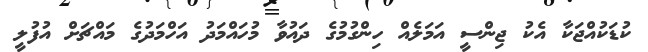
ކުޑަކުއްޖަކާ އެކު ޖިންސީ އަމަލެއް ހިންގުމުގެ ދައުވާ މުހައްމަދު އަހްމަދުގެ މައްޗަށް އުފުލީ